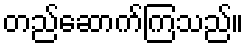
တည်ဆောက်ကြသည်။